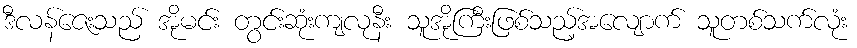
ဒီလန်ဇေးသည် အိုမင်း တွင်းဆုံးကျလုနီး သူအိုကြီးဖြစ်သည့်အလျောက် သူတစ်သက်လုံး